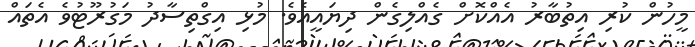
މީހުން ކުރި އިތުބާރު އެއްކޮށް ގެއްލިގެން ދިޔައީއެވެ. މުޅި އިގްތިސާދު މަގުރޫޓުވެ އެތައް